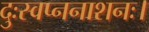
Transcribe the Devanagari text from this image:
दुःस्वप्ननाशनः।